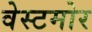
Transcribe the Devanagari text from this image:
वेस्टमोर